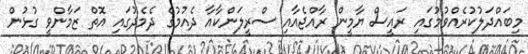
މިބައްދަލުކުރެއްވުމުގައި ރައީސް ޔާމީން ރާއްޖެއާއި ސްރީލަންކާއާ ދެއުމުގެ ދެމެދުގައި އޮތް ޒަމާންވީ ގުޅުން